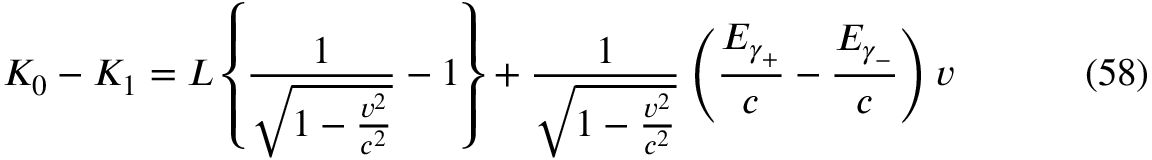
K _ { 0 } - K _ { 1 } = L \left\{ \frac { 1 } { \sqrt { 1 - \frac { v ^ { 2 } } { c ^ { 2 } } } } - 1 \right\} + \frac { 1 } { \sqrt { 1 - \frac { v ^ { 2 } } { c ^ { 2 } } } } \left( \frac { E _ { \gamma _ { + } } } c - \frac { E _ { \gamma _ { - } } } c \right) v \eqno ( 5 8 )